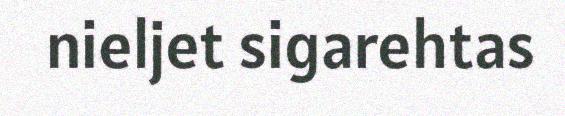
nieljet sigarehtas